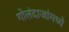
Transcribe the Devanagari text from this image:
गोलंदाजांमध्ये